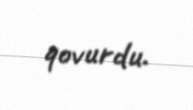
qovurdu.